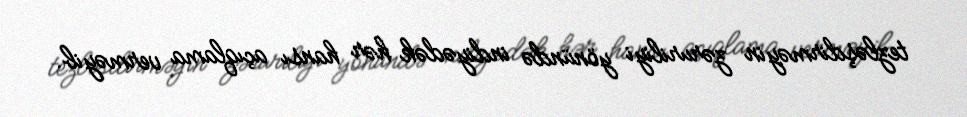
tezləşdirməyin zəruriliyi yönündə indiyədək hər hansı açıqlama verməyib.